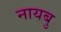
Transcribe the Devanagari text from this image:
नायबु